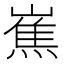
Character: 嶣